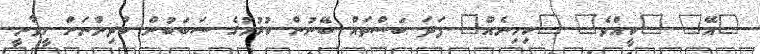
"އޭ" "ކީއްވެ" "ކިހިނެއް" ފަދަ ބަސްތައް ބޭނުން ކުރުމުގެ ސަބަބުން ކުދިންނަށް ހީވާނީ